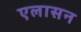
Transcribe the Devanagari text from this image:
एलासन